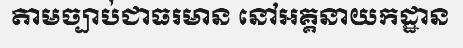
តាមច្បាប់ជាធរមាន នៅអគ្គនាយកដ្ឋាន